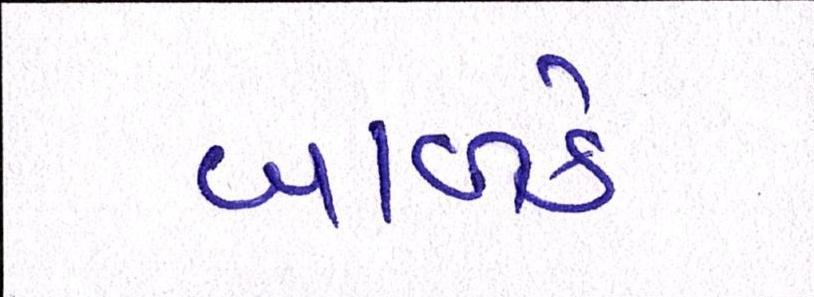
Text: બાળકે